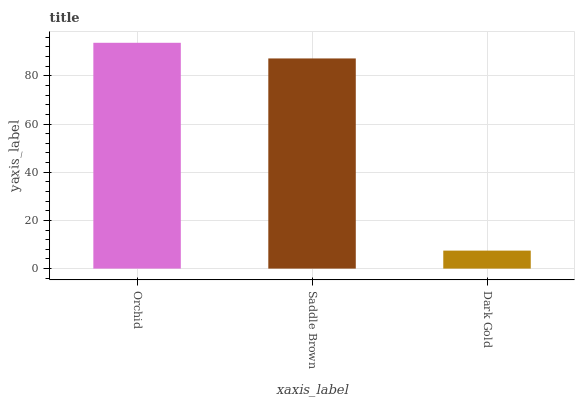
| xaxis_label | bars |
 | --- | --- |
 | Orchid | 93.7 |
 | Saddle Brown | 87.2 |
 | Dark Gold | 7.47 |